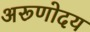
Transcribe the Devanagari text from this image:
अरूणोदय